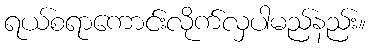
ရယ်စရာကောင်းလိုက်လှပါမည်နည်း။